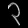
Digit: ၃